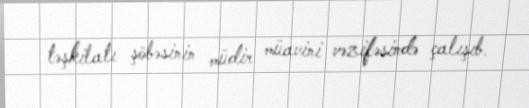
təşkilatı şöbəsinin müdir müavini vəzifəsində çalışıb.